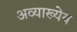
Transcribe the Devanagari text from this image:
अव्याख्येय